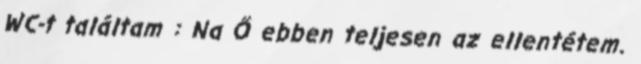
WC-t találtam : Na Ő ebben teljesen az ellentétem.